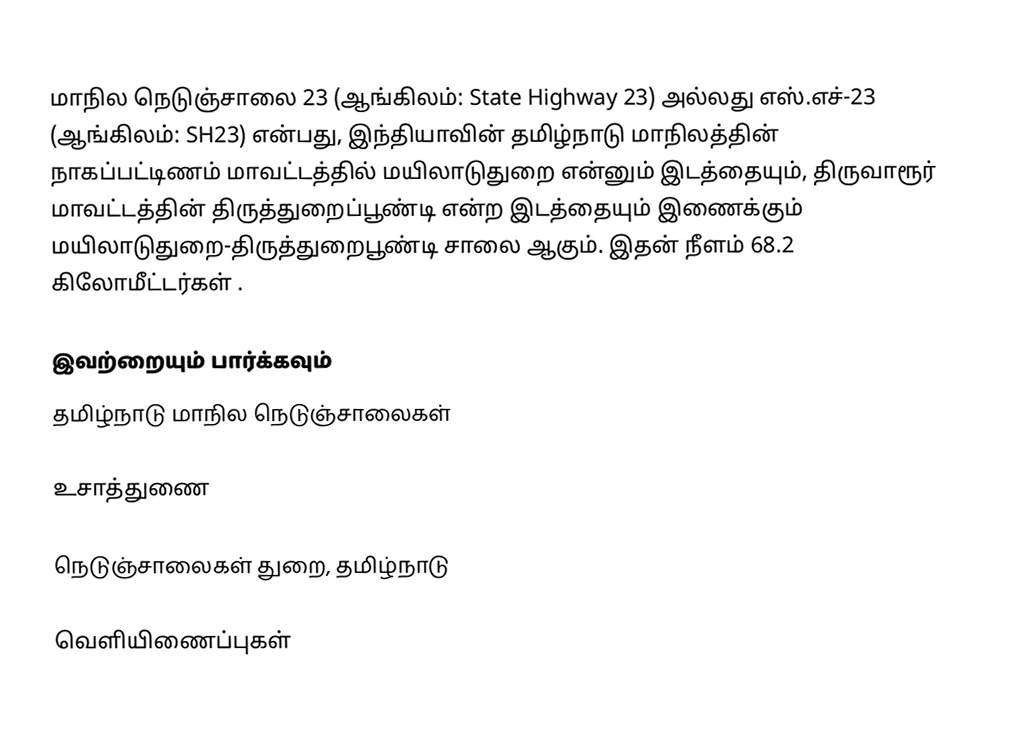
மாநில நெடுஞ்சாலை 23 (ஆங்கிலம்: State Highway 23) அல்லது எஸ்.எச்-23 (ஆங்கிலம்: SH23) என்பது, இந்தியாவின் தமிழ்நாடு மாநிலத்தின் நாகப்பட்டிணம் மாவட்டத்தில் மயிலாடுதுறை என்னும் இடத்தையும், திருவாரூர் மாவட்டத்தின் திருத்துறைப்பூண்டி என்ற இடத்தையும் இணைக்கும் மயிலாடுதுறை-திருத்துறைபூண்டி சாலை ஆகும். இதன் நீளம் 68.2  கிலோமீட்டர்கள் .

இவற்றையும் பார்க்கவும்
 தமிழ்நாடு மாநில நெடுஞ்சாலைகள்

உசாத்துணை

 நெடுஞ்சாலைகள் துறை, தமிழ்நாடு

வெளியிணைப்புகள்